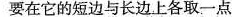
要在它的短边与长边上各取一点